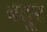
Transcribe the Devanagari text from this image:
बदूर